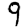
Digit: 9